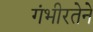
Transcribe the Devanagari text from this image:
गंभीरतेने